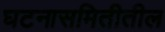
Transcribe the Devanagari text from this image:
घटनासमितीतील